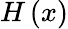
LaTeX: H\left(x\right)